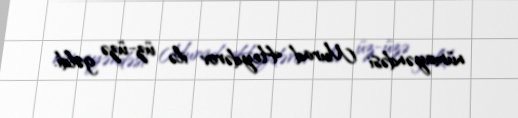
nümayəndəsi Murad Heydərov ilə üz-üzə gəldi.